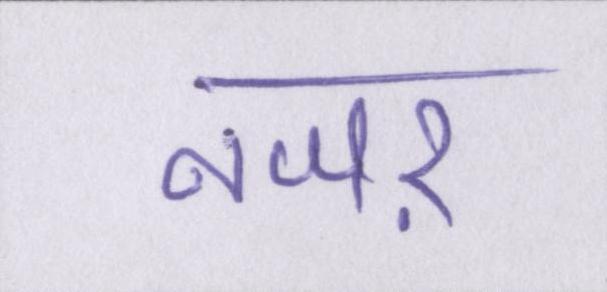
नजऱ